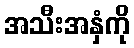
အသီးအနှံကို